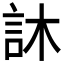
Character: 𮗼